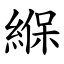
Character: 緥